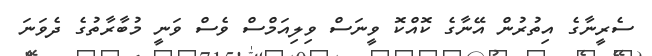
ސެރީނާގެ އިތުރުން އޭނާގެ ކޮއްކޮ ވީނަސް ވިލިއަމްސް ވެސް ވަނީ މުބާރާތުގެ ދެވަނަ